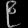
Digit: ၉